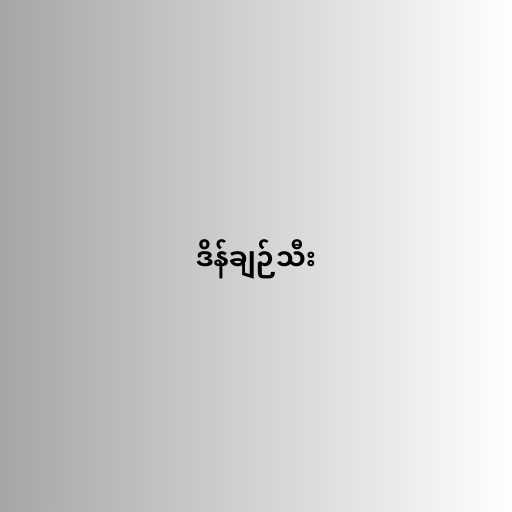
ဒိန်ချဉ်သီး